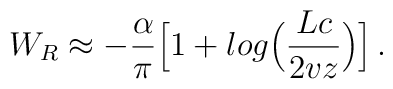
W_R \approx - {\alpha \over {\pi}}   \Bigl[ 1 + log \Bigl({Lc \over {2v z}} \Bigr)\Bigr]\,.